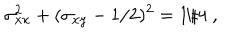
\sigma _ { x x } ^ { 2 } + ( \sigma _ { x y } - 1 / 2 ) ^ { 2 } = 1 / 4 \; ,